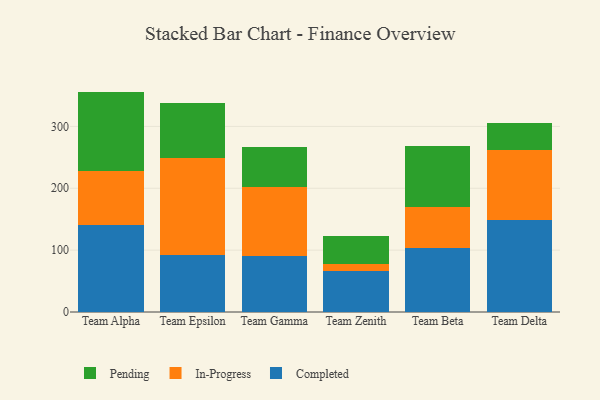
{"axis": {"x": "Team", "y": "Operating Costs (USD K)"}, "legend": ["Completed", "In-Progress", "Pending"], "data": [{"x": "Team Alpha", "y": 140.4, "type": "Completed"}, {"x": "Team Alpha", "y": 88.2, "type": "In-Progress"}, {"x": "Team Alpha", "y": 127.7, "type": "Pending"}, {"x": "Team Epsilon", "y": 91.7, "type": "Completed"}, {"x": "Team Epsilon", "y": 157.0, "type": "In-Progress"}, {"x": "Team Epsilon", "y": 88.7, "type": "Pending"}, {"x": "Team Gamma", "y": 91.0, "type": "Completed"}, {"x": "Team Gamma", "y": 111.7, "type": "In-Progress"}, {"x": "Team Gamma", "y": 64.2, "type": "Pending"}, {"x": "Team Zenith", "y": 66.1, "type": "Completed"}, {"x": "Team Zenith", "y": 11.2, "type": "In-Progress"}, {"x": "Team Zenith", "y": 45.3, "type": "Pending"}, {"x": "Team Beta", "y": 103.2, "type": "Completed"}, {"x": "Team Beta", "y": 65.9, "type": "In-Progress"}, {"x": "Team Beta", "y": 99.7, "type": "Pending"}, {"x": "Team Delta", "y": 148.6, "type": "Completed"}, {"x": "Team Delta", "y": 113.3, "type": "In-Progress"}, {"x": "Team Delta", "y": 43.5, "type": "Pending"}]}